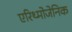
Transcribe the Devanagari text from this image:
एरिथ्मोजेनिक